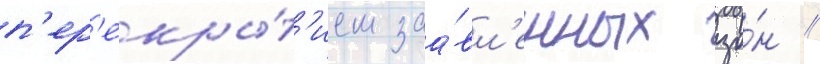
п'ер'екры́т'ием заа́вл'енных зо́н //